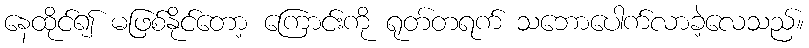
နေထိုင်၍ မဖြစ်နိုင်တော့ ကြောင်းကို ရုတ်တရက် သဘောပေါက်လာခဲ့လေသည်။